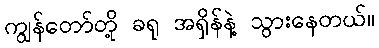
ကျွန်တော်တို့ ခရု အရှိန်နဲ့ သွားနေတယ်။